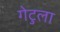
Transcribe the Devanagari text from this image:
गेटुला